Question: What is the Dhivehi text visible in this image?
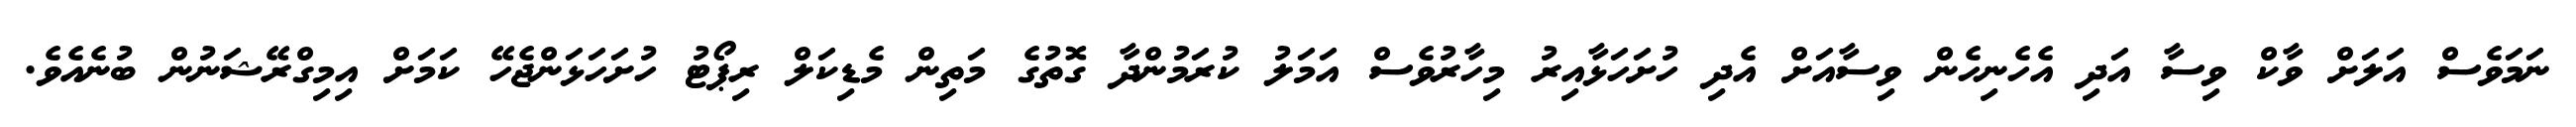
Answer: ނަމަވެސް އަލަށް ވާކް ވިސާ އަދި އެހެނިހެން ވިސާއަށް އެދި ހުށަހަޅާއިރު މިހާރުވެސް އަމަލު ކުރަމުންދާ ގޮތުގެ މަތިން މެޑިކަލް ރިޕޯޓު ހުށަހަޅަންޖެހޭ ކަމަށް އިމިގްރޭޝަނުން ބުނެއެވެ.